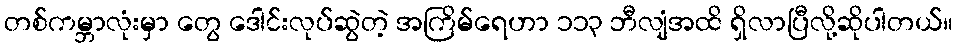
တစ်ကမ္ဘာလုံးမှာ တွေ ဒေါင်းလုပ်ဆွဲတဲ့ အကြိမ်ရေဟာ ၁၁၃ ဘီလျံအထိ ရှိလာပြီလို့ဆိုပါတယ်။